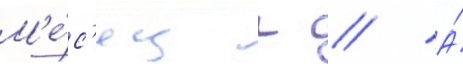
М'е́с'яц г // А́